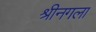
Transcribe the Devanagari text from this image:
श्रीनगला